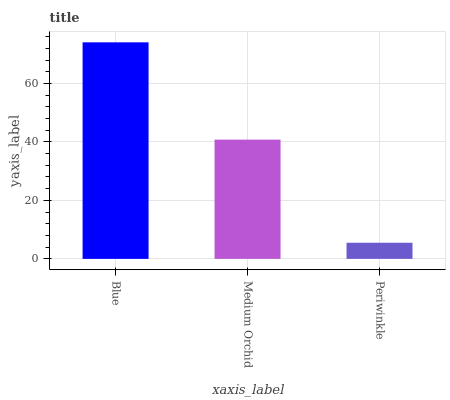
| xaxis_label | bars |
 | --- | --- |
 | Blue | 74 |
 | Medium Orchid | 40.8 |
 | Periwinkle | 5.52 |